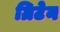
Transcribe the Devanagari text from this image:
ग्रिटेन